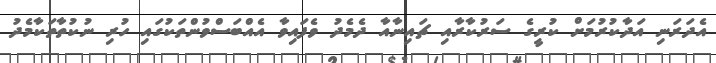
އެދަރަނި އަދާކުރުމަށް ކުރީގެ ސަރުކާރާއި ޗައިނާއާ ދެމެދު ވެފައިވާ އެއްބަސްވުންތަކުގައި ހުރި ނުކުތާތަކާމެދު